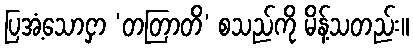
ပြအံ့သောငှာ ‘တတြာတိ’ စသည်ကို မိန့်သတည်း။